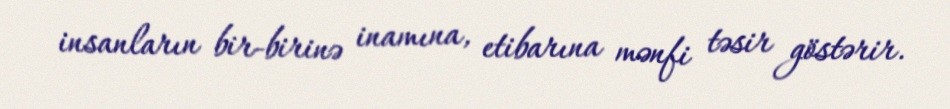
insanların bir-birinə inamına, etibarına mənfi təsir göstərir.